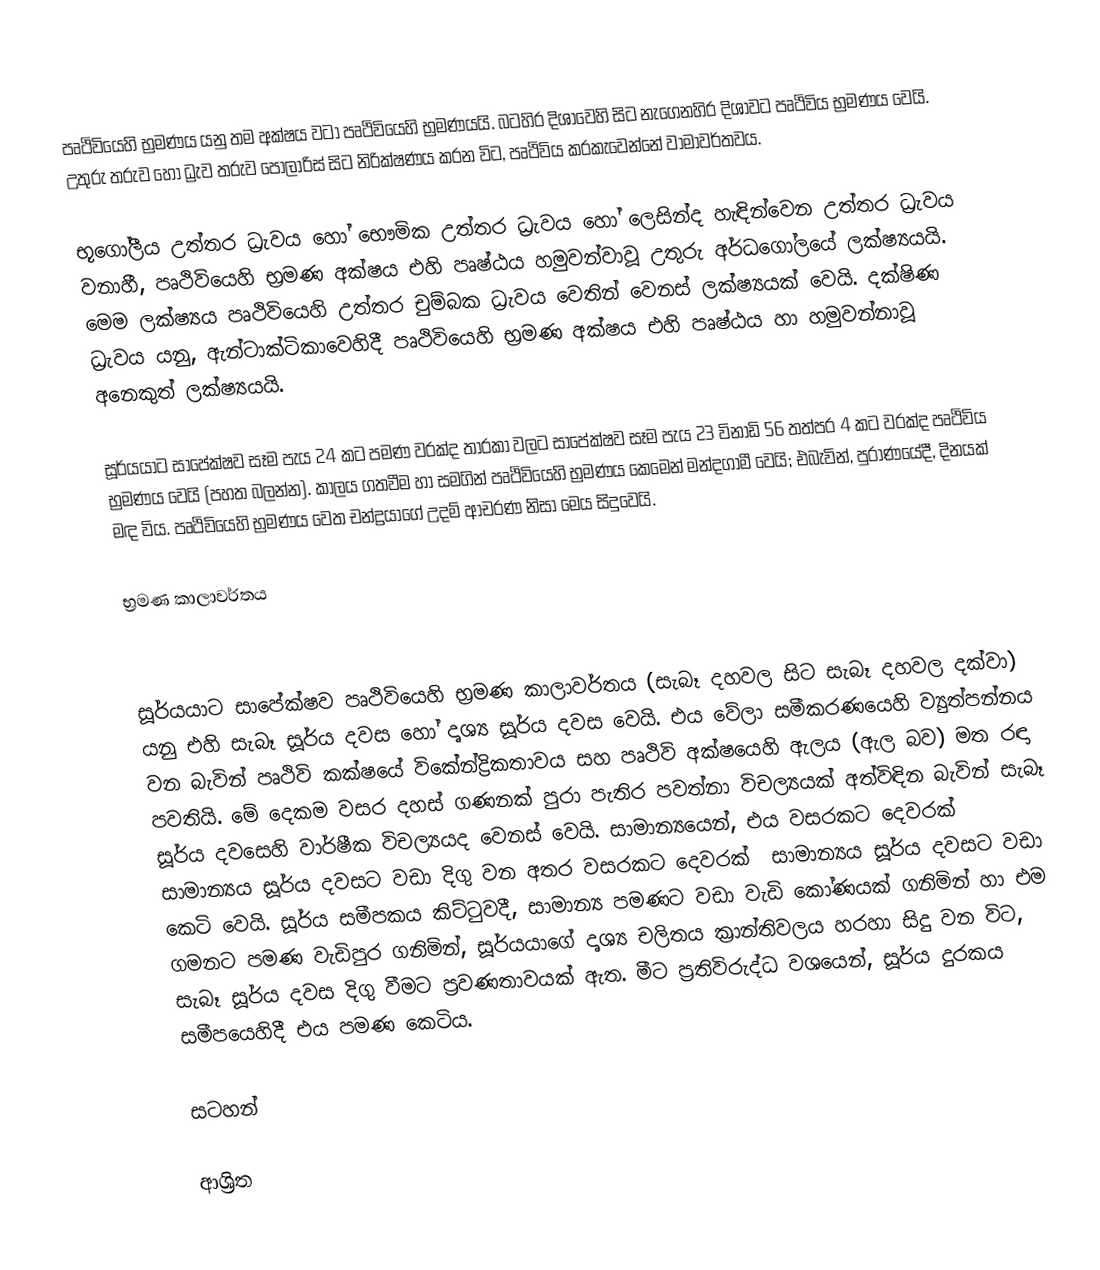
පෘථිවියෙහි භ්‍රමණය  යනු තම අක්ෂය වටා පෘථිවියෙහි භ්‍රමණයයි. බටහිර දිශාවෙහි සිට  නැගෙනහිර දිශාවට පෘථිවිය භ්‍රමණය වෙයි. උතුරු තරුව හෝ ධ්‍රැව තරුව පොලාරිස් සිට නිරික්ෂණය කරන විට, පෘථිවිය කරකැවෙන්නේ වාමාවර්තවය.

භූගෝලීය උත්තර ධ්‍රැවය හෝ භෞමික උත්තර ධ්‍රැවය හෝ ලෙසින්ද හැඳින්වෙන උත්තර ධ්‍රැවය වනාහී, පෘථිවියෙහි භ්‍රමණ අක්ෂය එහි පෘෂ්ඨය හමුවන්වාවූ උතුරු අර්ධගෝලයේ ලක්ෂ්‍යයයි. මෙම ලක්ෂ්‍යය පෘථිවියෙහි  උත්තර චුම්බක ධ්‍රැවය වෙතින් වෙනස් ලක්ෂ්‍යයක් වෙයි. දක්ෂිණ ධ්‍රැවය යනු, ඇන්ටාක්ටිකාවෙහිදී පෘථිවියෙහි භ්‍රමණ අක්ෂය එහි පෘෂ්ඨය හා හමුවන්නාවූ අනෙකුත් ලක්ෂ්‍යයයි.

සූර්යයාට සාපේක්ෂව සෑම පැය 24 කට පමණ වරක්ද තාරකා වලට සාපේක්ෂව සෑම පැය 23 විනාඩි 56 තත්පර 4 කට  වරක්ද පෘථිවිය භ්‍රමණය වෙයි (පහත බලන්න). කාලය ගතවීම හා සමගින් පෘථිවියෙහි භ්‍රමණය කෙමෙන් මන්දගාමී වෙයි; එබැවින්, පුරාණයේදී, දිනයක් මඳ විය.  පෘථිවියෙහි භ්‍රමණය වෙත චන්ද්‍රයාගේ උදම් ආචරණ නිසා මෙය සිදුවෙයි.

භ්‍රමණ කාලාවර්තය

සූර්යයාට සාපේක්ෂව ‍පෘථිවියෙහි භ්‍රමණ කාලාවර්තය (සැබෑ දහවල සිට සැබෑ දහවල දක්වා) යනු එහි සැබෑ සූර්ය දවස හෝ දෘශ්‍ය සූර්ය දවස වෙයි. එය වේලා සමීකරණයෙහි ව්‍යුත්පන්නය වන බැවින් පෘථිවි කක්ෂයේ  විකේන්ද්‍රිකතාවය සහ පෘථිවි අක්ෂයෙහි ඇලය (ඇල බව) මත රඳා පවතියි. මේ දෙකම වසර දහස් ගණනක් පුරා පැතිර පවත්නා විචල්‍යයක් අත්විඳින බැවින්  සැබෑ සූර්ය දවසෙහි වාර්ෂීක විචල්‍යයද වෙනස් වෙයි. සාමාන්‍යයෙන්, එය වසරකට දෙවරක් සාමාන්‍යය සූර්ය දවසට වඩා දිගු වන අතර වසරකට දෙවරක් ‍ සාමාන්‍යය සූර්ය දවසට වඩා කෙටි වෙයි. සූර්ය සමීපකය කිට්ටුවදී,  සාමාන්‍ය පමණට වඩා වැඩි කෝණයක් ගනිමින් හා එම ගමනට  පමණ වැඩිපුර ගනිමින්, සූර්යයාගේ දෘශ්‍ය චලිතය ක්‍රාන්තිවලය හරහා සිදු වන විට, සැබෑ සූර්ය දවස දිගු වීමට  ප්‍රවණතාවයක් ඇත. මීට ප්‍රතිවිරුද්ධ වශයෙන්, සූර්ය දුරකය සමීපයෙහිදී එය  පමණ කෙටිය.

සටහන්

ආශ්‍රිත